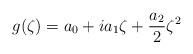
LaTeX: \begin{align*} g(\zeta ) = a_0 + i a_1 \zeta + \frac{a_2}{2} \zeta ^2\end{align*}